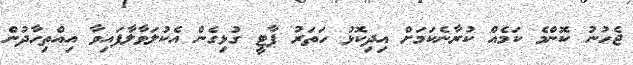
ޖެހުނު ކޮންމެ ކަމެއް ކުރާނެކަމަށް އިދިކޮޅު ހަތަރު ޕާޓީ ގުޅިގެން އެކުލަވާލާފައިވާ އިއްތިހާދުން